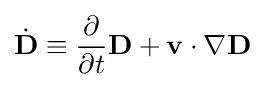
{\dot {\mathbf {D} }}\equiv {\frac {\partial }{\partial t}}\mathbf {D} +\mathbf {v} \cdot \nabla \mathbf {D}